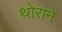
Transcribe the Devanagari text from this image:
थोराने